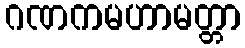
ဂဏကမဟာမတ္တာ